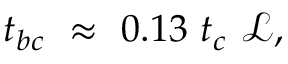
{ t _ { b c } } ~ \approx ~ 0 . 1 3 ~ t _ { c } ~ \mathscr { L } ,